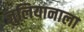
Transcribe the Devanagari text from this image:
जुलियानाला